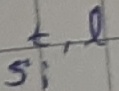
Text: s,t,l